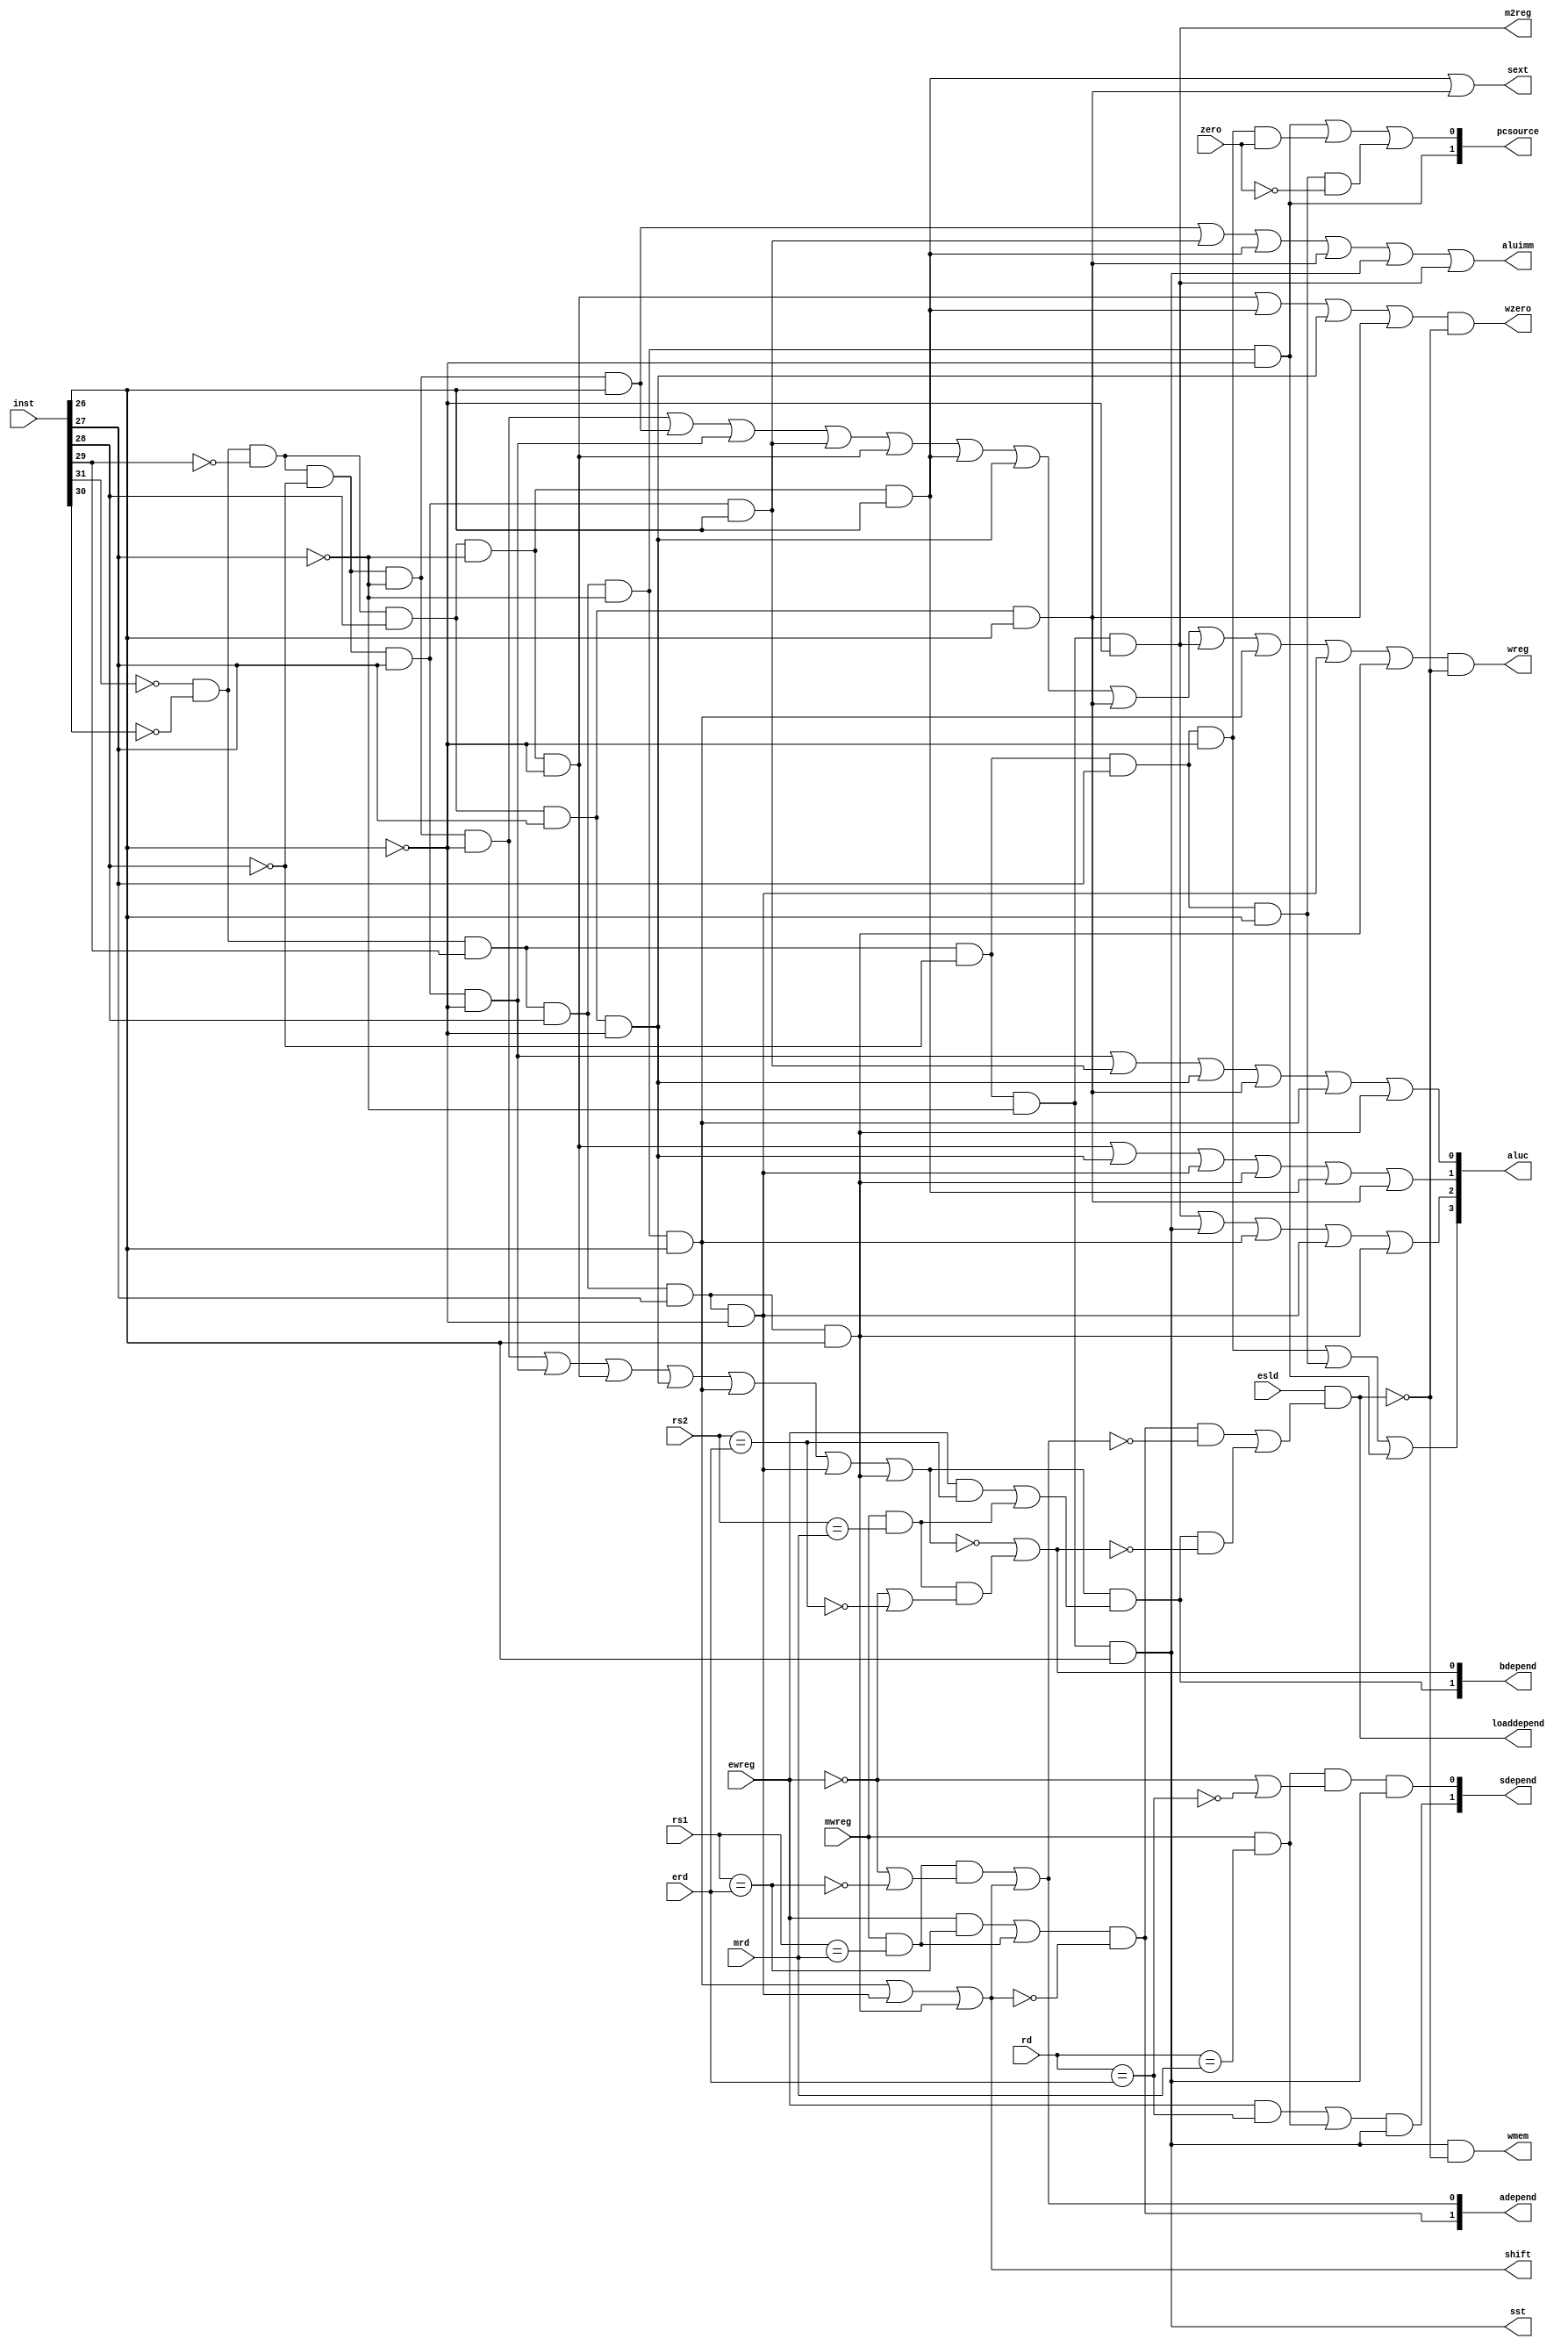
module cu_2(inst,zero,rs1,rs2,rd,erd,mrd,ewreg,mwreg,esld,
			wreg,sst,m2reg,shift,aluimm,sext,aluc,wmem,pcsource,adepend,bdepend,sdepend,loaddepend,wzero);
	input[31:0] inst;
	input zero;
	input[4:0] rs1,rs2,rd,erd,mrd;
	input ewreg,mwreg,esld;
	output wreg,sst,m2reg,shift,aluimm,sext,wmem;
	output[3:0] aluc;
	output[1:0]	pcsource;
	output[1:0] adepend,bdepend,sdepend;
	output loaddepend,wzero;
	wire i_and  = ~inst[31]&~inst[30]&~inst[29]&~inst[28]&~inst[27]&~inst[26];
	wire i_andi  = ~inst[31]&~inst[30]&~inst[29]&~inst[28]&~inst[27]&inst[26];
	wire i_or  = ~inst[31]&~inst[30]&~inst[29]&~inst[28]&inst[27]&~inst[26];
	wire i_ori  = ~inst[31]&~inst[30]&~inst[29]&~inst[28]&inst[27]&inst[26];
	wire i_add  = ~inst[31]&~inst[30]&~inst[29]&inst[28]&~inst[27]&~inst[26];
	wire i_addi  = ~inst[31]&~inst[30]&~inst[29]&inst[28]&~inst[27]&inst[26];
	wire i_sub  = ~inst[31]&~inst[30]&~inst[29]&inst[28]&inst[27]&~inst[26];
	wire i_subi  = ~inst[31]&~inst[30]&~inst[29]&inst[28]&inst[27]&inst[26];
	wire i_load  = ~inst[31]&~inst[30]&inst[29]&~inst[28]&~inst[27]&~inst[26];
	wire i_store  = ~inst[31]&~inst[30]&inst[29]&~inst[28]&~inst[27]&inst[26];
	wire i_beq  = ~inst[31]&~inst[30]&inst[29]&~inst[28]&inst[27]&~inst[26];
	wire i_bne  = ~inst[31]&~inst[30]&inst[29]&~inst[28]&inst[27]&inst[26];
	wire i_branch  = ~inst[31]&~inst[30]&inst[29]&inst[28]&~inst[27]&~inst[26];
	wire i_sll  = ~inst[31]&~inst[30]&inst[29]&inst[28]&~inst[27]&inst[26];
	wire i_srl  = ~inst[31]&~inst[30]&inst[29]&inst[28]&inst[27]&~inst[26];
	wire i_sra  = ~inst[31]&~inst[30]&inst[29]&inst[28]&inst[27]&inst[26];
	wire eequ_rs1 = (rs1==erd);
	wire mequ_rs1 = (rs1==mrd);
	wire eequ_rs2 = (rs2==erd);
	wire mequ_rs2 = (rs2==mrd);
	wire erd_equ = (rd==erd);
	wire mrd_equ = (rd==mrd);
	wire rs2isReg = i_and|i_or|i_add|i_sub|i_sll|i_srl|i_sra;
	assign	wreg	= (i_and|i_andi|i_or|i_ori|i_add| i_addi|i_sub|i_subi|i_load|i_sll|i_srl|i_sra)&~loaddepend; 
	assign	sst	= i_store;	
	assign	m2reg	= i_load;	
	assign	shift	= i_sll|i_srl|i_sra;  
	assign   aluimm = i_andi|i_ori|i_addi|i_subi|i_store|i_load;	 
	assign   sext	= i_addi|i_subi;    
	assign   wmem	= i_store&~loaddepend;		
	assign aluc[3] = i_beq|i_bne|i_branch;
	assign aluc[2] = i_load|i_store|i_sll|i_srl|i_sra;
	assign aluc[1] = i_add|i_sub|i_srl|i_sra|i_addi|i_subi;
	assign aluc[0] = i_or|i_ori|i_sub|i_subi|i_sll|i_sra;
	assign pcsource[1] = i_branch;
	assign pcsource[0] = i_branch|(i_beq&zero)|(i_bne&(~zero));
	assign adepend[1] = ((ewreg&eequ_rs1)|(mwreg&mequ_rs1))&~shift;
	assign adepend[0] = (mwreg&mequ_rs1&(~ewreg|~eequ_rs1))|shift;
	assign bdepend[1] = rs2isReg&((ewreg&eequ_rs2)|(mwreg&mequ_rs2));
	assign bdepend[0] = ~rs2isReg|(mwreg&mequ_rs2&(~ewreg|~eequ_rs2));
	assign sdepend[1] = ((ewreg&erd_equ)|(mwreg&mrd_equ))&i_store;
	assign sdepend[0] = (mwreg&mrd_equ&(~ewreg|~erd_equ))&i_store;
	assign loaddepend = esld & ( (adepend[1]&~adepend[0]) | (bdepend[1]&~bdepend[0]) );
	assign wzero = (i_add|i_addi|i_sub|i_subi)&~loaddepend;
endmodule